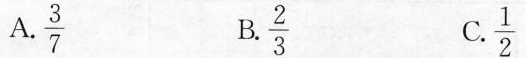
A. \frac{3}{7} B. \frac{2}{3} C. \frac{1}{2}